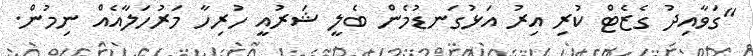
"ގަވާއިދު ގެޒެޓް ކުރި އިރު އަޅުގަނޑުމެން ބެލީ ޝަރުއީ ހުރިހާ މަރުހަލާއެއް ނިމުން.